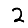
Digit: 2